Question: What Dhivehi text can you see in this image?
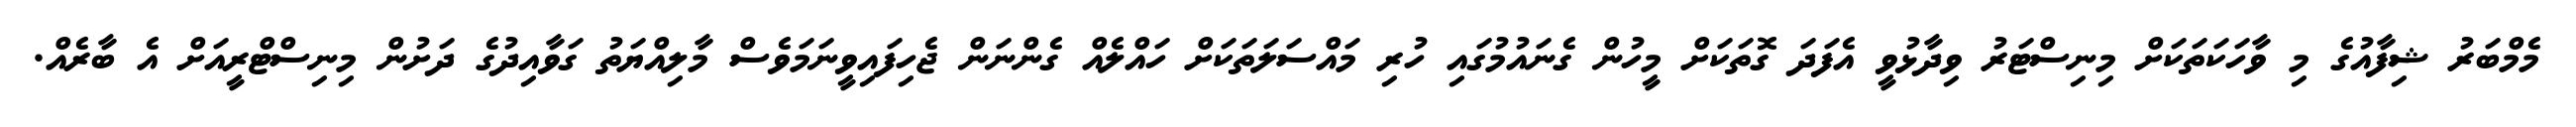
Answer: މެމްބަރު ޝިފާއުގެ މި ވާހަކަތަކަށް މިނިސްޓަރު ވިދާޅުވީ އެފަދަ ގޮތަކަށް މީހުން ގެނައުމުގައި ހުރި މައްސަލަތަކަށް ހައްލެއް ގެންނަން ޖެހިފައިވީނަމަވެސް މާލިއްޔަތު ގަވާއިދުގެ ދަށުން މިނިސްޓްރީއަށް އެ ބާރެއް.